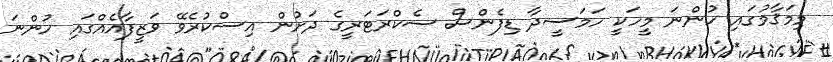
މިމަޤާމުގައި ހުންނަ މީހަކީ ހަމަސީދާ ޑިފެންސް ސެކްރަޓަރީގެ ދަށުން އިސްކުރެވޭ ވަޒީފާއެއްގައި ހުންނަ